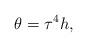
LaTeX: \begin{align*}\theta =\tau ^{4}h, \end{align*}